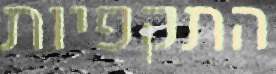
התקפיות